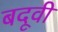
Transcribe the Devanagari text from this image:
बदूवी